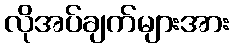
လိုအပ်ချက်များအား